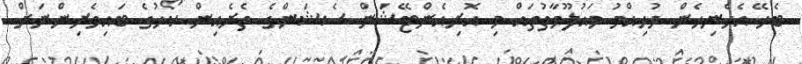
ބެހޭ އެހެނިހެން މުހިއްމު މައުލޫމާތުތައް މި އޮރިއެންޓޭޝަން ސެޝަންގެ ތެރެއިން ކޯހުގެ ބައިވެރިންނަށް